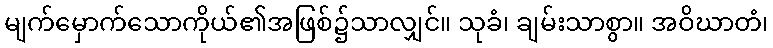
မျက်မှောက်သောကိုယ်၏အဖြစ်၌သာလျှင်။ သုခံ၊ ချမ်းသာစွာ။ အဝိဃာတံ၊